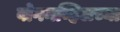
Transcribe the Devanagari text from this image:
बोगनव्हिलच्या